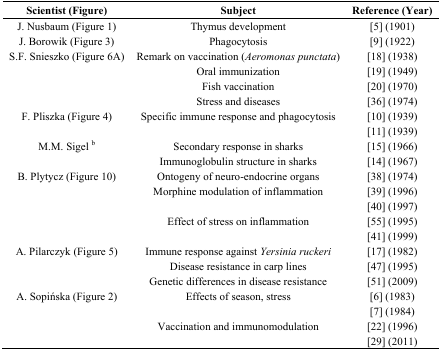
<table><thead><tr><td><b>Scientist (Figure)</b></td><td><b>Subject</b></td><td><b>Reference (Year)</b></td></tr></thead><tbody><tr><td>J. Nusbaum (Figure 1)</td><td>Thymus development</td><td>[5] (1901)</td></tr><tr><td>J. Borowik (Figure 3)</td><td>Phagocytosis</td><td>[9] (1922) </td></tr><tr><td>S.F. Snieszko (Figure 6A)</td><td>Remark on vaccination (<i>Aeromonas punctata</i>)</td><td>[18] (1938)</td></tr><tr><td></td><td>Oral immunization</td><td>[19] (1949)</td></tr><tr><td></td><td>Fish vaccination</td><td>[20] (1970)</td></tr><tr><td></td><td>Stress and diseases</td><td>[36] (1974)</td></tr><tr><td>F. Pliszka (Figure 4)</td><td>Specific immune response and phagocytosis</td><td>[10] (1939)</td></tr><tr><td></td><td></td><td>[11] (1939) </td></tr><tr><td>M.M. Sigel <sup>b</sup></td><td>Secondary response in sharks</td><td>[15] (1966) </td></tr><tr><td></td><td>Immunoglobulin structure in sharks</td><td>[14] (1967) </td></tr><tr><td>B. Plytycz (Figure 10)</td><td>Ontogeny of neuro-endocrine organs</td><td>[38] (1974) </td></tr><tr><td></td><td>Morphine modulation of inflammation </td><td>[39] (1996) </td></tr><tr><td></td><td></td><td>[40] (1997) </td></tr><tr><td></td><td>Effect of stress on inflammation</td><td>[55] (1995) </td></tr><tr><td></td><td></td><td>[41] (1999) </td></tr><tr><td>A. Pilarczyk (Figure 5)</td><td>Immune response against <i>Yersinia ruckeri</i></td><td>[17] (1982) </td></tr><tr><td></td><td>Disease resistance in carp lines</td><td>[47] (1995)</td></tr><tr><td></td><td>Genetic differences in disease resistance</td><td>[51] (2009)</td></tr><tr><td>A. Sopińska (Figure 2)</td><td>Effects of season, stress</td><td>[6] (1983)</td></tr><tr><td></td><td></td><td>[7] (1984)</td></tr><tr><td></td><td>Vaccination and immunomodulation</td><td>[22] (1996)</td></tr><tr><td></td><td></td><td>[29] (2011)</td></tr></tbody></table>